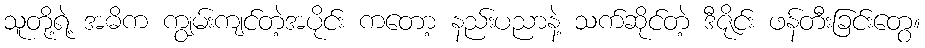
သူတို့ရဲ့ အဓိက ကျွမ်းကျင်တဲ့အပိုင်း ကတော့ နည်းပညာနဲ့ သက်ဆိုင်တဲ့ ဒီဇိုင်း ဖန်တီးခြင်းတွေ။